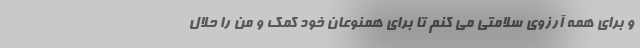
و برای همه آرزوی سلامتی می کنم تا برای همنوعان خود کمک و من را حلال